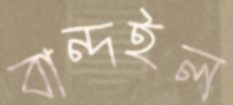
বান্দইল